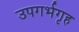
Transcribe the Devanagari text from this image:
उपगर्भगृह